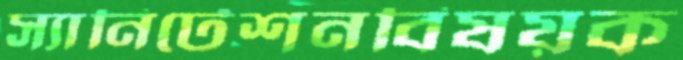
স্যানিটেশনবিষয়ক